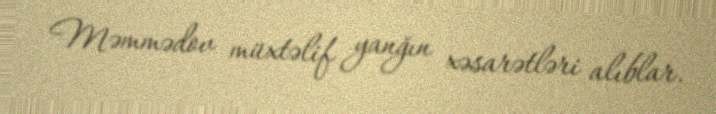
Məmmədov müxtəlif yanğın xəsarətləri alıblar.